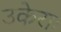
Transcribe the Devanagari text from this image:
उकेराः